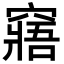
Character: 窹